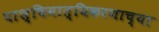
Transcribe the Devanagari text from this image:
पाश्चिमात्यिकरणाच्या